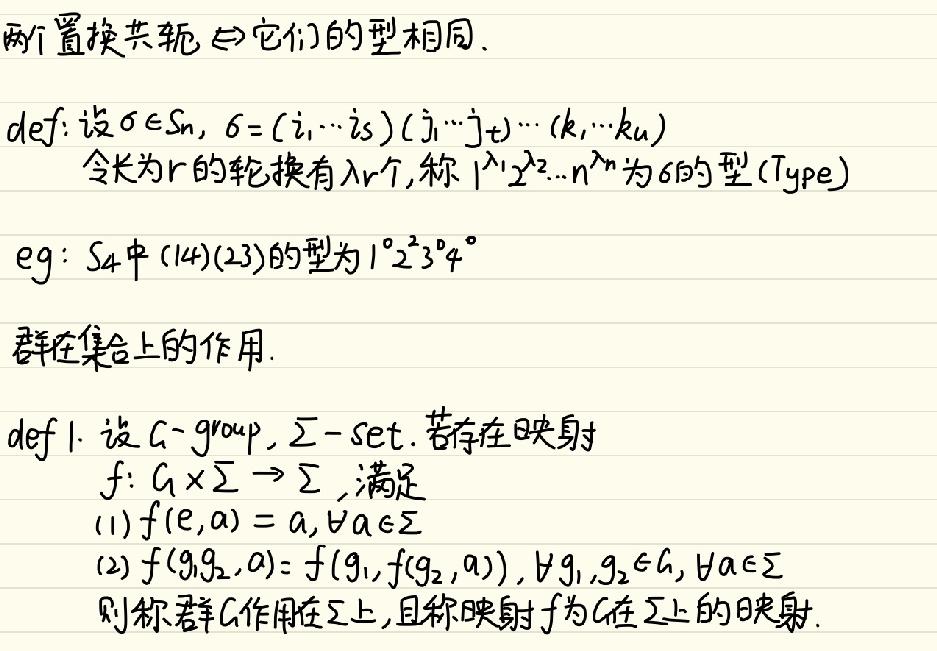
两个置换共轭 $\Leftrightarrow$ 它们的型相同.
def: 设 $\sigma\in S_n$, $\sigma=(i_1\cdots i_s)(j_1\cdots j_t)\cdots(k_1\cdots k_u)$
令长为 $r$ 的轮换有 $\lambda_r$ 个, 称 $1^{\lambda_1}2^{\lambda_2}\cdots n^{\lambda_n}$ 为 $\sigma$ 的型 (Type)
eg: $S_4$ 中 $(14)(23)$ 的型为 $1^02^23^04^0$
群在集合上的作用.
def 1. 设 $G$-group, $\Sigma$-set. 若存在映射
$f: G\times\Sigma\rightarrow\Sigma$, 满足
(1) $f(e,a)=a, \forall a\in\Sigma$
(2) $f(g_1g_2,a)=f(g_1,f(g_2,a)), \forall g_1,g_2\in G, \forall a\in\Sigma$
则称群 $G$ 作用在 $\Sigma$ 上, 且称映射 $f$ 为 $G$ 在 $\Sigma$ 上的映射.